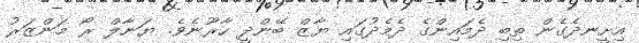
އިށީނދެގެން ތިބި ދެމައިންގެ ދެމެދުގައި ޔާޒް ބޭންދީ ހާރޫނެވެ. ޔަނާލް ރޯ މަންޒަރު